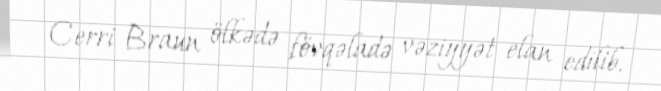
Cerri Braun ölkədə fövqəladə vəziyyət elan edilib.